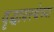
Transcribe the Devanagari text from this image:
वृद्धावस्थेच्या